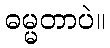
ဓမ္မတာပဲ။